Report of the Indian Hemp Drugs Commission, 1894-1895 - Volume VI
Year: 1894
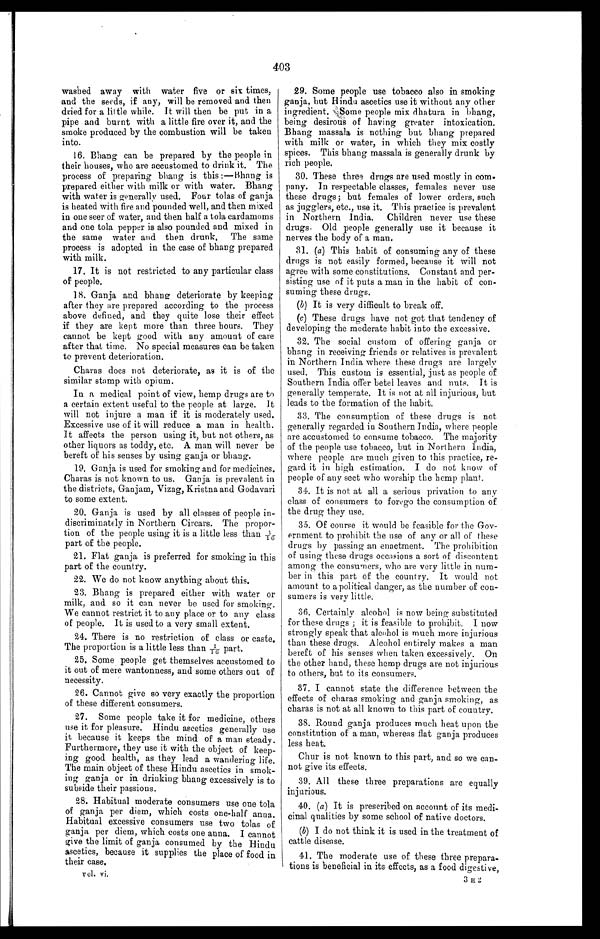
403
washed away with water five or six times,
and the seeds, if any, will be removed and then
dried for a little while. It will then be put in a
pipe and burnt with a little fire over it, and the
smoke produced by the combustion will be taken
into.
16. Bhang can be prepared by the people in
their houses, who are accustomed to drink it. The
process of preparing bhang is this:— Bhang is
prepared either with milk or with water. Bhang
with water is generally used. Four tolas of ganja
is heated with fire and pounded well, and then mixed
in one seer of water, and then half a tola cardamoms
and one tola pepper is also pounded and mixed in
the same water and then drunk. The same
process is adopted in the case of bhang prepared
with milk.
17. It is not restricted to any particular class
of people.
18. Ganja and bhang deteriorate by keeping
after they are prepared according to the process
above defined, and they quite lose their effect
if they are kept more than three hours. They
cannot be kept good with any amount of care
after that time. No special measures can be taken
to prevent deterioration.
Charas does not deteriorate, as it is of the
similar stamp with opium.
In a medical point of view, hemp drugs are to
a certain extent useful to the people at large. It
will not injure a man if it is moderately used.
Excessive use of it will reduce a man in health.
It affects the person using it, but not others, as
other liquors as toddy, etc. A man will never be
bereft of his senses by using ganja or bhang.
1 9 . G a n j a i s u s e d f o r s m o k i n g a n d f o r m e d i c i n e s .
Charas is not known to us. Ganja is prevalent in
the districts, Ganjam, Vizag, Kristna and Godavari
to some extent.
20. Ganja is used by all classes of people in-
discriminately in Northern Circars. The propor-
tion of the people using it is a little less than 1/16
part of the people.
21. Flat ganja is preferred for smoking in this
part of the country.
22. We do not know anything about this.
23. Bhang is prepared either with water or
milk, and so it can never be used for smoking.
We cannot restrict it to any place or to any class
of people. It is used to a very small extent.
24. There is no restriction of class or caste.
The proportion is a little less than 1/16 part.
25.
Some people get themselves accustomed to
it out of mere wantonness, and some others out of
necessity.
26. Cannot give so very exactly the proportion
of these different consumers.
27.
Some people take it for medicine, others
use it for pleasure. Hindu ascetics generally use
it because it keeps the mind of a man steady.
Furthermore, they use it with the object of keep-
ing good health, as they lead a wandering life.
The main object of these Hindu ascetics in smok-
ing ganja or in drinking bhang excessively is to
subside their passions.
28. Habitual moderate consumers use one tola
of ganja per diem, which costs one-half anna.
Habitual excessive consumers use two tolas of
ganja per diem, which costs one anna. I cannot
give the limit of ganja consumed by the Hindu
ascetics, because it supplies the place of food in
their case.
vol. vi.
29. Some people use tobacco also in smoking
ganja, but Hindu ascetics use it without any other
ingredient. Some people mix dhatura in bhang,
being desirous of having greater intoxication.
Bhang massala is nothing but bhang prepared
with milk or water, in which they mix costly
spices. This bhang massala is generally drunk by
rich people.
30. These three drugs are used mostly in com-
pany. In respectable classes, females never use
these drugs; but, females of lower orders, such
as jugglers, etc., use it. This practice is prevalent
in Northern India. Children never use these
drugs. Old people generally use it because it
nerves the body of a man.
31. ( a ) This habit of consuming any of these
drugs is not easily formed, because it will not
agree with some constitutions. Constant and per-
sisting use of it puts a man in the habit of con-
suming these drugs.
(b) It is very difficult to break off.
(c) These drugs have not got that tendency of
developing the moderate habit into the excessive.
32. The social custom of offering ganja or
bhang in receiving friends or relatives is prevalent
in Northern India where these drugs are largely
used. This custom is essential, just as people of
Southern India offer betel leaves and nuts. It is
generally temperate. It is not at all injurious, but
leads to the formation of the habit.
33. The consumption of these drugs is not
generally regarded in Southern India, where people
are accustomed to consume tobacco. The majority
of the people use tobacco, but in Northern India,
where people are much given to this practice, re-
gard it in high estimation. I do not know of
people of any sect who worship the hemp plant.
34. It is not at all a serious privation to any
class of consumers to forego the consumption of
the drug they use.
35. Of course it would be feasible for the Gov-
ernment to prohibit the use of any or all of these
drugs by passing an enactment. The prohibition
of using these drugs occasions a sort of discontent
among the consumers, who are very little in num-
ber in this part of the country. It would not
amount to a political danger, as the number of con-
sumers is very little.
36. Certainly alcohol is now being substituted
for these drugs; it is feasible to prohibit. I now
strongly speak that alcohol is much more injurious
than these drugs. Alcohol entirely makes a man
bereft of his senses when taken excessively. On
the other hand, these hemp drugs are not injurious
to others, but to its consumers.
37. I cannot state the difference between the
effects of charas smoking and ganja smoking, as
charas is not at all known to this part of country.
38. Round ganja produces much heat upon the
constitution of a man, whereas flat ganja produces
less heat.
Chur is not known to this part, and so we can-
not give its effects.
39. All these three preparations are equally
injurious.
40. ( a ) It is prescribed on account of its medi-
cinal qualities by some school of native doctors.
(b) I do not think it is used in the treatment of
cattle disease.
41. The moderate use of these three prepara-
tions is beneficial in its effects, as a food digestive,
3 H 2